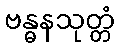
ဗန္ဓနသုတ္တံ